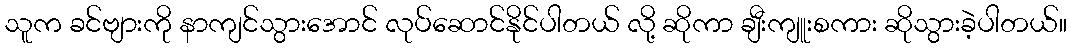
သူက ခင်ဗျားကို နာကျင်သွားအောင် လုပ်ဆောင်နိုင်ပါတယ် လို့ ဆိုကာ ချီးကျူးစကား ဆိုသွားခဲ့ပါတယ်။